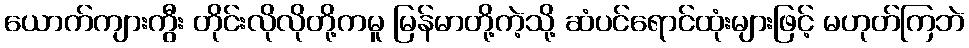
ယောက်ကျားကွီး တိုင်းလိုလိုတို့ကမူ မြန်မာတို့ကဲ့သို့ ဆံပင်ရောင်ထုံးများဖြင့် မဟုတ်ကြဘဲ